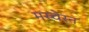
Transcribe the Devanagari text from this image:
मस्चेरन